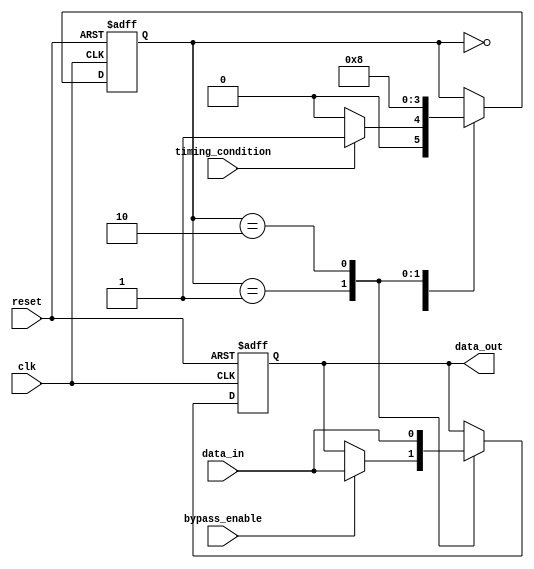
module timing_control_sync_bypass_register (
    input wire clk,
    input wire reset,
    input wire bypass_enable,
    input wire timing_condition,
    input wire data_in,
    output reg data_out
);

// Synchronization logic
reg [1:0] sync_state;
always @(posedge clk or posedge reset) begin
    if (reset) begin
        sync_state <= 2'b0;
    end else begin
        case (sync_state)
            2'b00: sync_state <= timing_condition ? 2'b01 : 2'b00;
            2'b01: sync_state <= 2'b10;
            2'b10: sync_state <= 2'b00;
        endcase
    end
end

// Timing control and bypass logic
always @(posedge clk or posedge reset) begin
    if (reset) begin
        data_out <= 1'b0;
    end else begin
        case (sync_state)
            2'b01: begin // Data is synchronized
                if (bypass_enable) begin
                    data_out <= data_in;
                end else begin
                    data_out <= data_out;
                end
            end
            2'b10: begin // Data is passed through
                data_out <= data_in;
            end
            default: begin // No bypass
                data_out <= data_out;
            end
        endcase
    end
end

endmodule